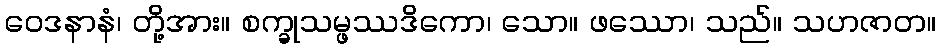
ဝေဒနာနံ၊ တို့အား။ စက္ခုသမ္ဖဿဒိကော၊ သော။ ဖဿော၊ သည်။ သဟဇာတ။